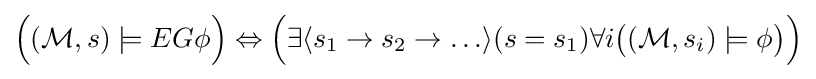
{\Big (}({\mathcal {M}},s)\models EG\phi {\Big )}\Leftrightarrow {\Big (}\exists \langle s_{1}\rightarrow s_{2}\rightarrow \ldots \rangle (s=s_{1})\forall i{\big (}({\mathcal {M}},s_{i})\models \phi {\big )}{\Big )}